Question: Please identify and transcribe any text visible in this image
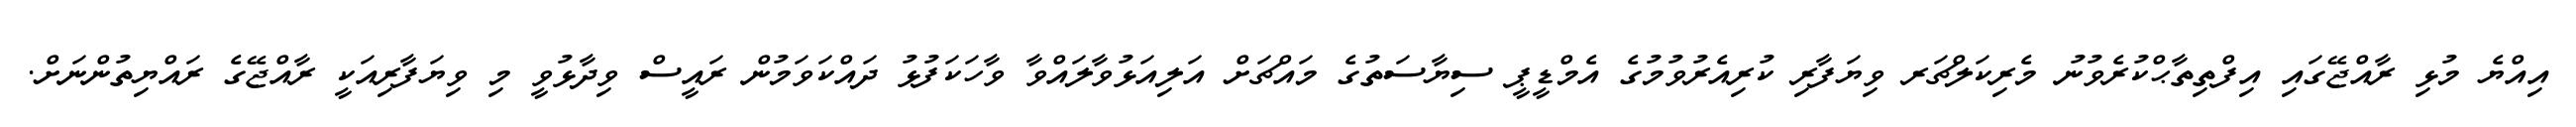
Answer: އިއްޔެ މުޅި ރާއްޖޭގައި އިފްތިތާޙްކުރެވުނު މެރިކަލްޗަރ ވިޔަފާރި ކުރިއެރުވުމުގެ އެމްޑީޕީ ސިޔާސަތުގެ މައްޗަށް އަލިއަޅުވާލައްވާ ވާހަކަފުޅު ދައްކަވަމުން ރައީސް ވިދާޅުވީ މި ވިޔަފާރިއަކީ ރާއްޖޭގެ ރައްޔިތުންނަށް.